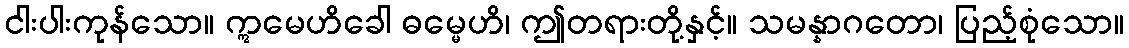
ငါးပါးကုန်သော။ ဣမေဟိခေါ ဓမ္မေဟိ၊ ဤတရားတို့နှင့်။ သမန္နာဂတော၊ ပြည့်စုံသော။